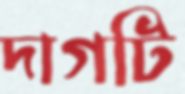
দাগটি